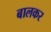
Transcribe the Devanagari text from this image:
बालकर